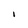
Character: I